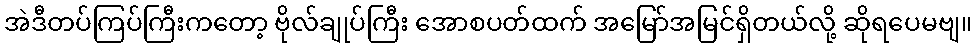
အဲဒီတပ်ကြပ်ကြီးကတော့ ဗိုလ်ချုပ်ကြီး အောစပတ်ထက် အမြော်အမြင်ရှိတယ်လို့ ဆိုရပေမဗျ။